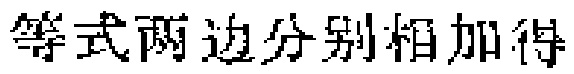
等式两边分别相加得